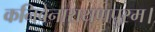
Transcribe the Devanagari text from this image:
कनिवेनारायणपुरम।